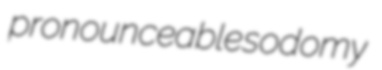
pronounceable sodomy